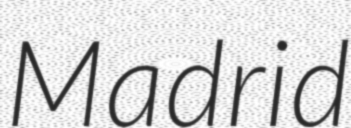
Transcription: Madrid